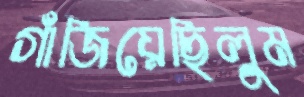
গাঁজিয়েছিলুম